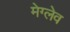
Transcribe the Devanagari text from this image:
मेग्लेव